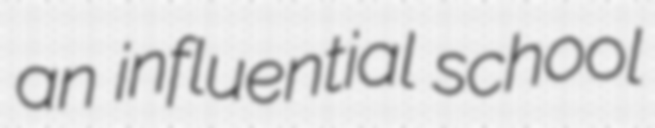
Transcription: an influential school